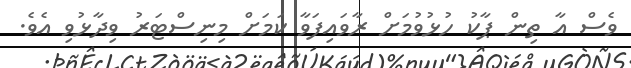
ވެސް އާ ތިން ޕާކު ހުޅުވުމަށް ރާވައިފަވާ ކަމަށް މިނިސްޓަރު ވިދާޅުވި އެވެ.